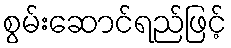
စွမ်းဆောင်ရည်ဖြင့်